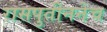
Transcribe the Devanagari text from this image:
रासपुतीननेच